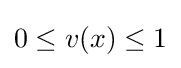
\textstyle 0\leq v(x)\leq 1